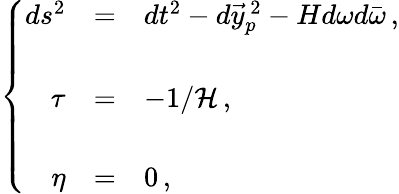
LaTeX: \left\{ \begin{array}{rcl}{{ds^{2}}}&{{=}}&{{dt^{2}-d\vec{y}_{p}^{\ 2}-Hd\omega d\bar{\omega}\, ,}}\\ {{}}&{{}}&{{}}\\ {{\tau}}&{{=}}&{{-1/{\cal H}\, ,}}\\ {{}}&{{}}&{{}}\\ {{\eta}}&{{=}}&{{0\, ,}}\end{array}\right.